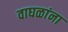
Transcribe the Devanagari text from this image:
वाघळांना